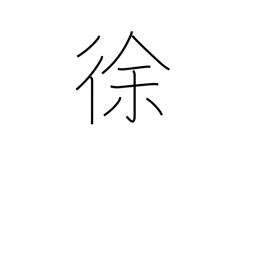
Meaning: deliberately